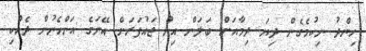
ހިންދު ނިކުމެގެން ދިޔަ ދިމާއަށް ބަލަން އިން ޖައުފަރަށް އޭނަގެ އަންހެނުން ދެއްކި